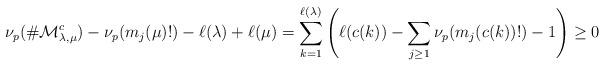
LaTeX: \begin{align*}\nu_p(\#\mathcal{M}^c_{\lambda,\mu})-\nu_p(m_{j}(\mu)!)-\ell(\lambda)+\ell(\mu)=\sum_{k=1}^{\ell(\lambda)}\left( \ell(c(k))-\sum_{j\geq1}\nu_p(m_{j}(c(k))!)-1 \right)\geq 0\end{align*}